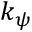
k _ { \psi }